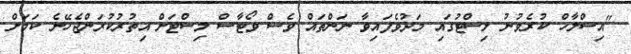
"އިސްލާހް ކުރެވުނު ލިސްޓުގައި މަދުވެފައިވާ ނަންތައް ވެސް ވޯޓާސް ލިސްޓަށް އިތުރުކުރަންޖެހޭނެ ކަމަށް